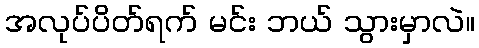
အလုပ်ပိတ်ရက် မင်း ဘယ် သွားမှာလဲ။